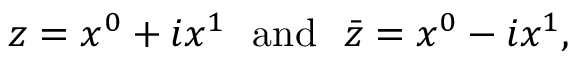
z = x ^ { 0 } + i x ^ { 1 } \ \ \mathrm { a n d } \ \ \bar { z } = x ^ { 0 } - i x ^ { 1 } ,